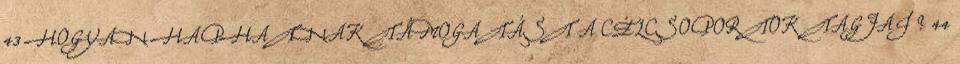
43 HOGYAN HAPHATNAK TÁMOGATÁST A CÉLCSOPORTOK TAGJAI ? 44